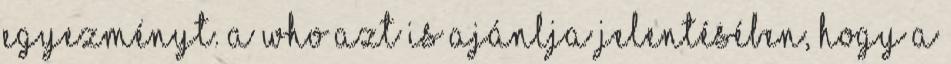
egyezményt. A WHO azt is ajánlja jelentésében, hogy a